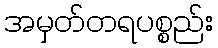
အမှတ်တရပစ္စည်း